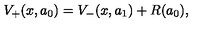
V _ { + } ( x , a _ { 0 } ) = V _ { - } ( x , a _ { 1 } ) + R ( a _ { 0 } ) ,